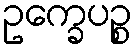
ဥက္ခေပဉ္စ